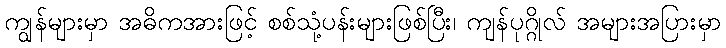
ကျွန်များမှာ အဓိကအားဖြင့် စစ်သုံ့ပန်းများဖြစ်ပြီး၊ ကျန်ပုဂ္ဂိုလ် အများအပြားမှာ